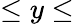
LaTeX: \leq y\leq